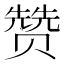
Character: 赞